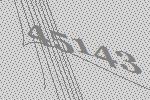
45143